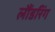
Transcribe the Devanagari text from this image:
लौंडरिंग